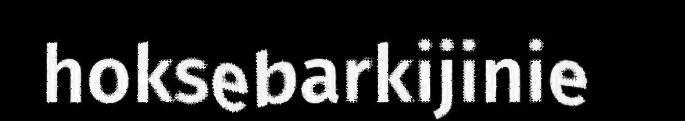
hoksebarkijinie